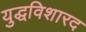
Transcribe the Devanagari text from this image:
युद्धविशारद